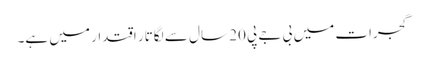
گجرات میں بی جے پی 20 سال سے لگاتار اقتدار میں ہے۔